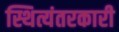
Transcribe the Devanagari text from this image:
स्थित्यंतरकारी